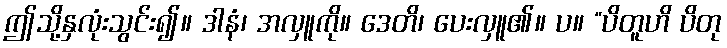
ဤသို့နှလုံးသွင်း၍။ ဒါနံ၊ အလှူကို။ ဒေတိ၊ ပေးလှူ၏။ ပ။ “ပိတူဟိ ပိတု